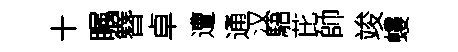
十瞩簪卓遭通汉䮏芘帥竣螻